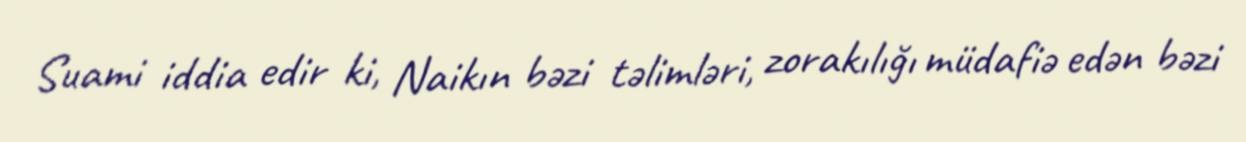
Suami iddia edir ki, Naikın bəzi təlimləri, zorakılığı müdafiə edən bəzi